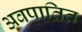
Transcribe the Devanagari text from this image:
अवपातित